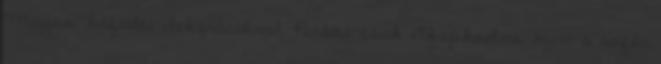
Magas, hófedte dekorációval. Persze csak elkapkodva, mert a sofőr